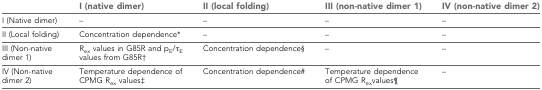
|  | I (native dimer) | II (local folding) | III (non-native dimer 1) | IV (non-native dimer 2) |
 | --- | --- | --- | --- | --- |
 | I (Native dimer) | – | – | – | – |
 | II (Local folding) | Concentration dependence* | – | – | – |
 | III (Non-native dimer 1) | Rex values in G85R and pE/τE values from G85R† | Concentration dependence§ | – | – |
 | IV (Non-native dimer 2) | Temperature dependence of CPMG Rex values‡ | Concentration dependence# | Temperature dependence of CPMG Rexvalues¶ | – |